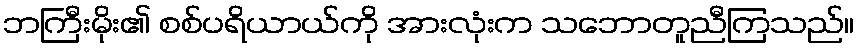
ဘကြီးမိုး၏ စစ်ပရိယာယ်ကို အားလုံးက သဘောတူညီကြသည်။